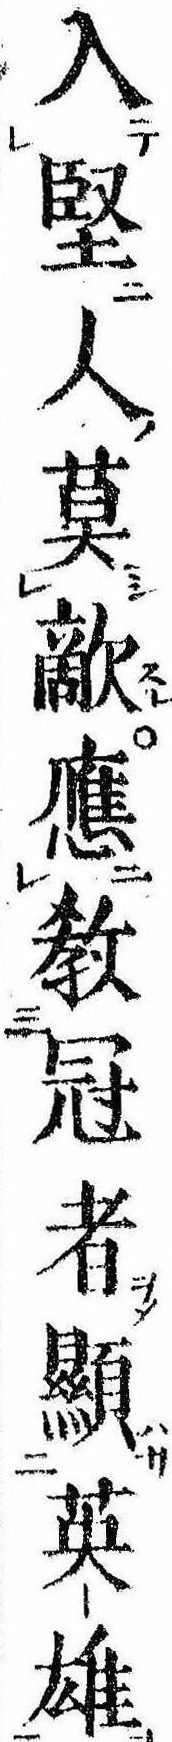
入堅人莫敵応教冠者顕英雄